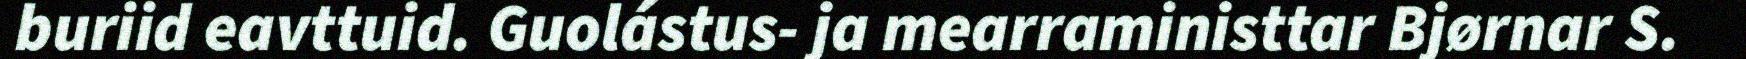
buriid eavttuid. Guolástus- ja mearraministtar Bjørnar S.